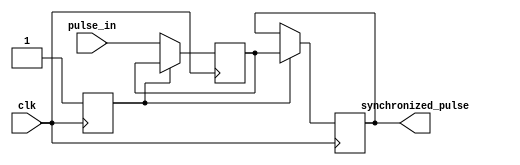
module Pulse_synchronizer (
    input wire clk,
    input wire pulse_in,
    output reg synchronized_pulse
);

reg capture_pulse;
reg alignment_done;

always @(posedge clk) begin
    if (alignment_done) begin
        synchronized_pulse <= capture_pulse;
    end else begin
        capture_pulse <= pulse_in;
        alignment_done <= 1;
    end
end

endmodule